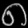
Digit: ၈